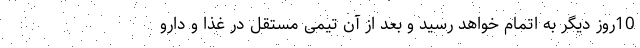
10روز دیگر به اتمام خواهد رسید و بعد از آن تیمی مستقل در غذا و دارو